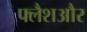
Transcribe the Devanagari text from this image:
फ्लैशऔर